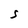
Character: S